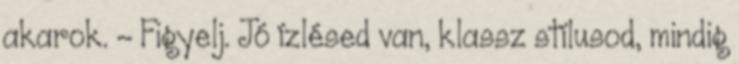
akarok. - Figyelj. Jó ízlésed van, klassz stílusod, mindig